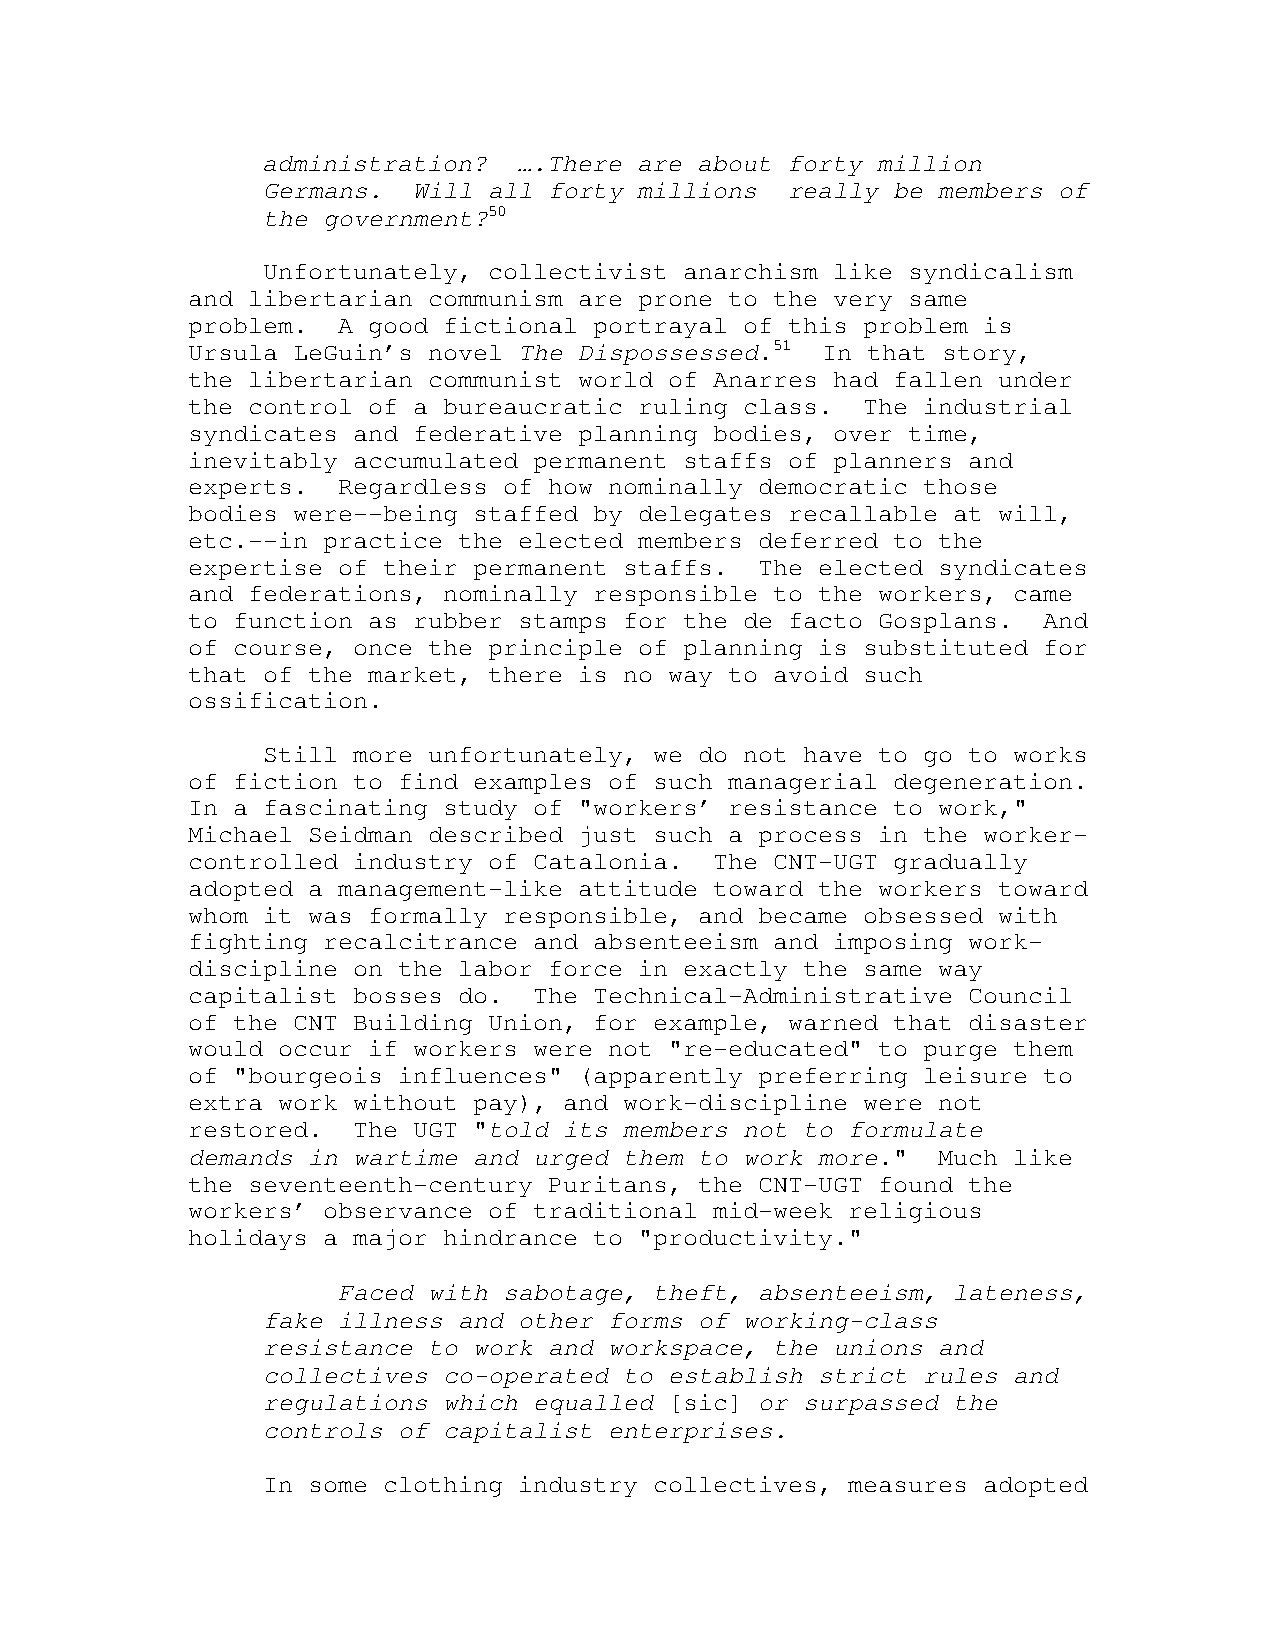
administration?  ….There are about forty million
 Germans.  Will all forty millions  really be members of
 the government?50
 Unfortunately, collectivist anarchism like syndicalism
 and libertarian communism are prone to the very same
 problem.  A good fictional portrayal of this problem is
 Ursula LeGuin’s novel The Dispossessed.51 In that story,
 the libertarian communist world of Anarres had fallen under
 the control of a bureaucratic ruling class.  The industrial
 syndicates and federative planning bodies, over time,
 inevitably accumulated permanent staffs of planners and
 experts.  Regardless of how nominally democratic those
 bodies were--being staffed by delegates recallable at will,
 etc.--in practice the elected members deferred to the
 expertise of their permanent staffs.  The elected syndicates
 and federations, nominally responsible to the workers, came
 to function as rubber stamps for the de facto Gosplans.  And
 of course, once the principle of planning is substituted for
 that of the market, there is no way to avoid such
 ossification.
 Still more unfortunately, we do not have to go to works
 of fiction to find examples of such managerial degeneration.
 In a fascinating study of "workers’ resistance to work,"
 Michael Seidman described just such a process in the worker-
 controlled industry of Catalonia.  The CNT-UGT gradually
 adopted a management-like attitude toward the workers toward
 whom it was formally responsible, and became obsessed with
 fighting recalcitrance and absenteeism and imposing work-
 discipline on the labor force in exactly the same way
 capitalist bosses do.  The Technical-Administrative Council
 of the CNT Building Union, for example, warned that disaster
 would occur if workers were not "re-educated" to purge them
 of "bourgeois influences" (apparently preferring leisure to
 extra work without pay), and work-discipline were not
 restored.  The UGT "told its members not to formulate
 demands in wartime and urged them to work more."  Much like
 the seventeenth-century Puritans, the CNT-UGT found the
 workers’ observance of traditional mid-week religious
 holidays a major hindrance to "productivity."
 Faced with sabotage, theft, absenteeism, lateness,
 fake illness and other forms of working-class
 resistance to work and workspace, the unions and
 collectives co-operated to establish strict rules and
 regulations which equalled [sic] or surpassed the
 controls of capitalist enterprises.
 In some clothing industry collectives, measures adopted